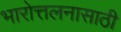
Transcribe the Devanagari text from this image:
भारोत्तलनासाठी